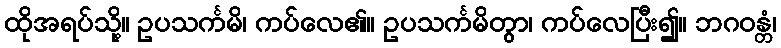
ထိုအရပ်သို့။ ဥပသင်္ကမိ၊ ကပ်လေ၏။ ဥပသင်္ကမိတွာ၊ ကပ်လေပြီး၍။ ဘဂဝန္တံ၊